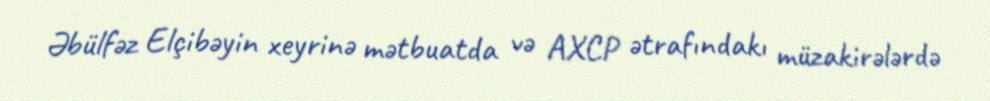
Əbülfəz Elçibəyin xeyrinə mətbuatda və AXCP ətrafındakı müzakirələrdə